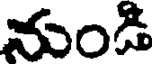
నుండి